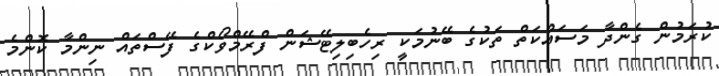
ކުރަމުން ގެންދާ މަސައްކަތް ތަކުގެ ބޭނުމަކީ ރިހެބިލިޓޭޝަން ފްރޭމްވޯކްގެ ފޭސްތައް ނިންމާ ކޮންމެ